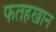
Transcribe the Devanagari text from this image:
फतहखान